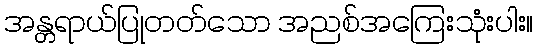
အန္တရာယ်ပြုတတ်သော အညစ်အကြေးသုံးပါး။